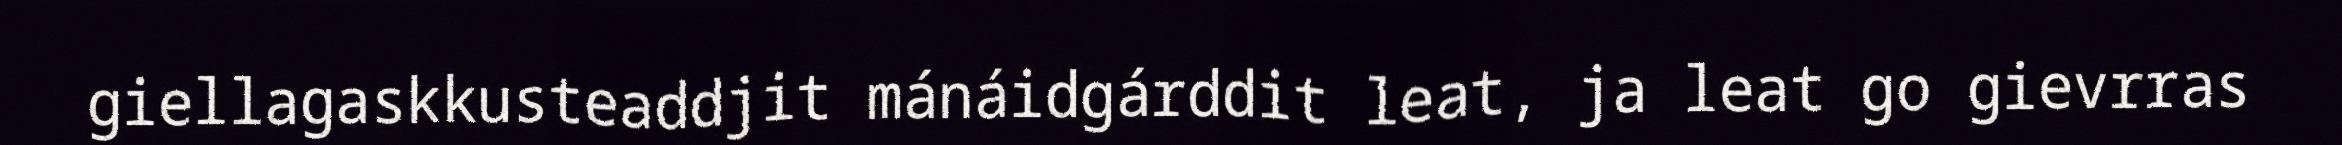
giellagaskkusteaddjit mánáidgárddit leat, ja leat go gievrras